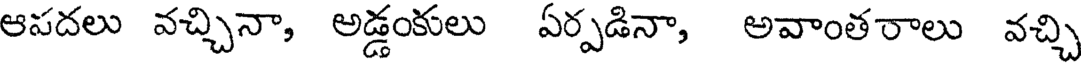
ఆపదలు వచ్చినా, అడ్డంకులు ఏర్పడినా, అవాంతరాలు వచ్చి